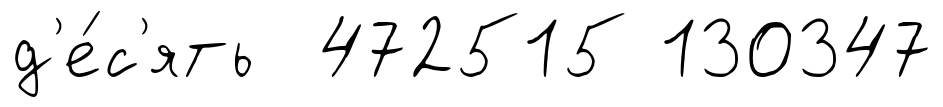
д'е́с'ять 472515 130347